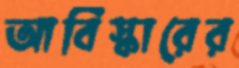
আবিস্কারের